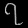
Digit: ၇